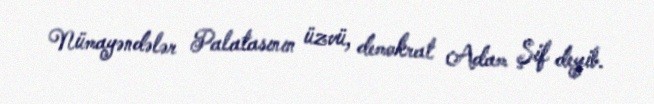
Nümayəndələr Palatasının üzvü, demokrat Adam Şif deyib.